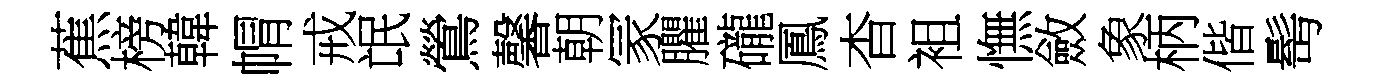
蕉榜韓㡌戒氓鶯馨朝冡臞礲鳳杳袓憮斂象柄偕髩